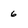
Character: 6